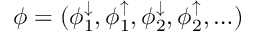
\phi = ( \phi _ { 1 } ^ { \downarrow } , \phi _ { 1 } ^ { \uparrow } , \phi _ { 2 } ^ { \downarrow } , \phi _ { 2 } ^ { \uparrow } , \ldots )